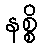
နစ္စိ